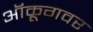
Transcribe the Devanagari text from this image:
ऑक्रूगवर